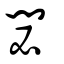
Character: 閟